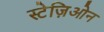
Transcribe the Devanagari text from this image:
स्टेज़िओन